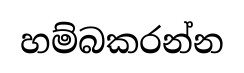
හම්බකරන්න